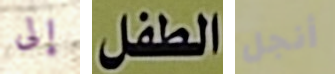
إلى الطفل أنجل